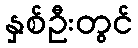
နှစ်ဦးတွင်